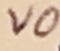
Text: VO